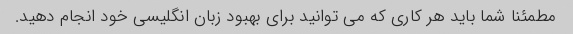
مطمئنا شما باید هر کاری که می توانید برای بهبود زبان انگلیسی خود انجام دهید.